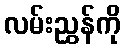
လမ်းညွှန်ကို